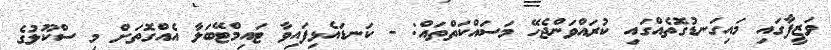
ވަޒީފާގައި މައިގަނޑުގޮތެއްގައި ކުރައްވަންޖެހޭ މަސައްކަތްތައް: - ކަނޑައެޅިފައިވާ ޓައިމްޓޭބަލާ އެއްގޮތަށް މި ސްކޫލުގެ